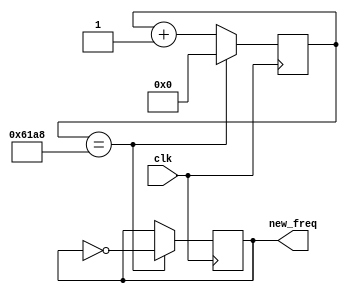
module Stopwatch_divider_clk(
	clk,
	new_freq
);

input clk;
output new_freq;

reg [15:0] count;
reg new_freq;


always @(posedge clk )
begin
	if (count == 16'd25000)
		begin
			count <= 16'd0;
			new_freq <= !new_freq;
		end
	
	else
		begin
			count <= count + 1'b1;
		end
end




endmodule